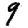
Digit: 9